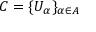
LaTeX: C = \{ U _ { \alpha } \} _ { \alpha \in A }